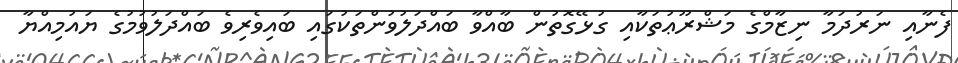
ފެނާއި ނަރުދަމާ ނިޒާމްގެ މަޝްރޫޢުތަކާއި ގުޅޭގޮތުން ބާއްވާ ބައްދަލުވުންތަކުގައި ބައިވެރިވެ ބައްދަލުވުމުގެ ޔައުމިއްޔާ